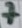
Text: 7